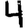
Digit: 4